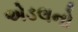
એડલનો